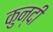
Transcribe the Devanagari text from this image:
कुन्दी